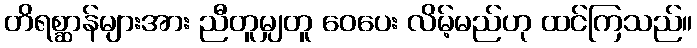
တိရစ္ဆာန်များအား ညီတူမျှတူ ဝေပေး လိမ့်မည်ဟု ထင်ကြသည်။